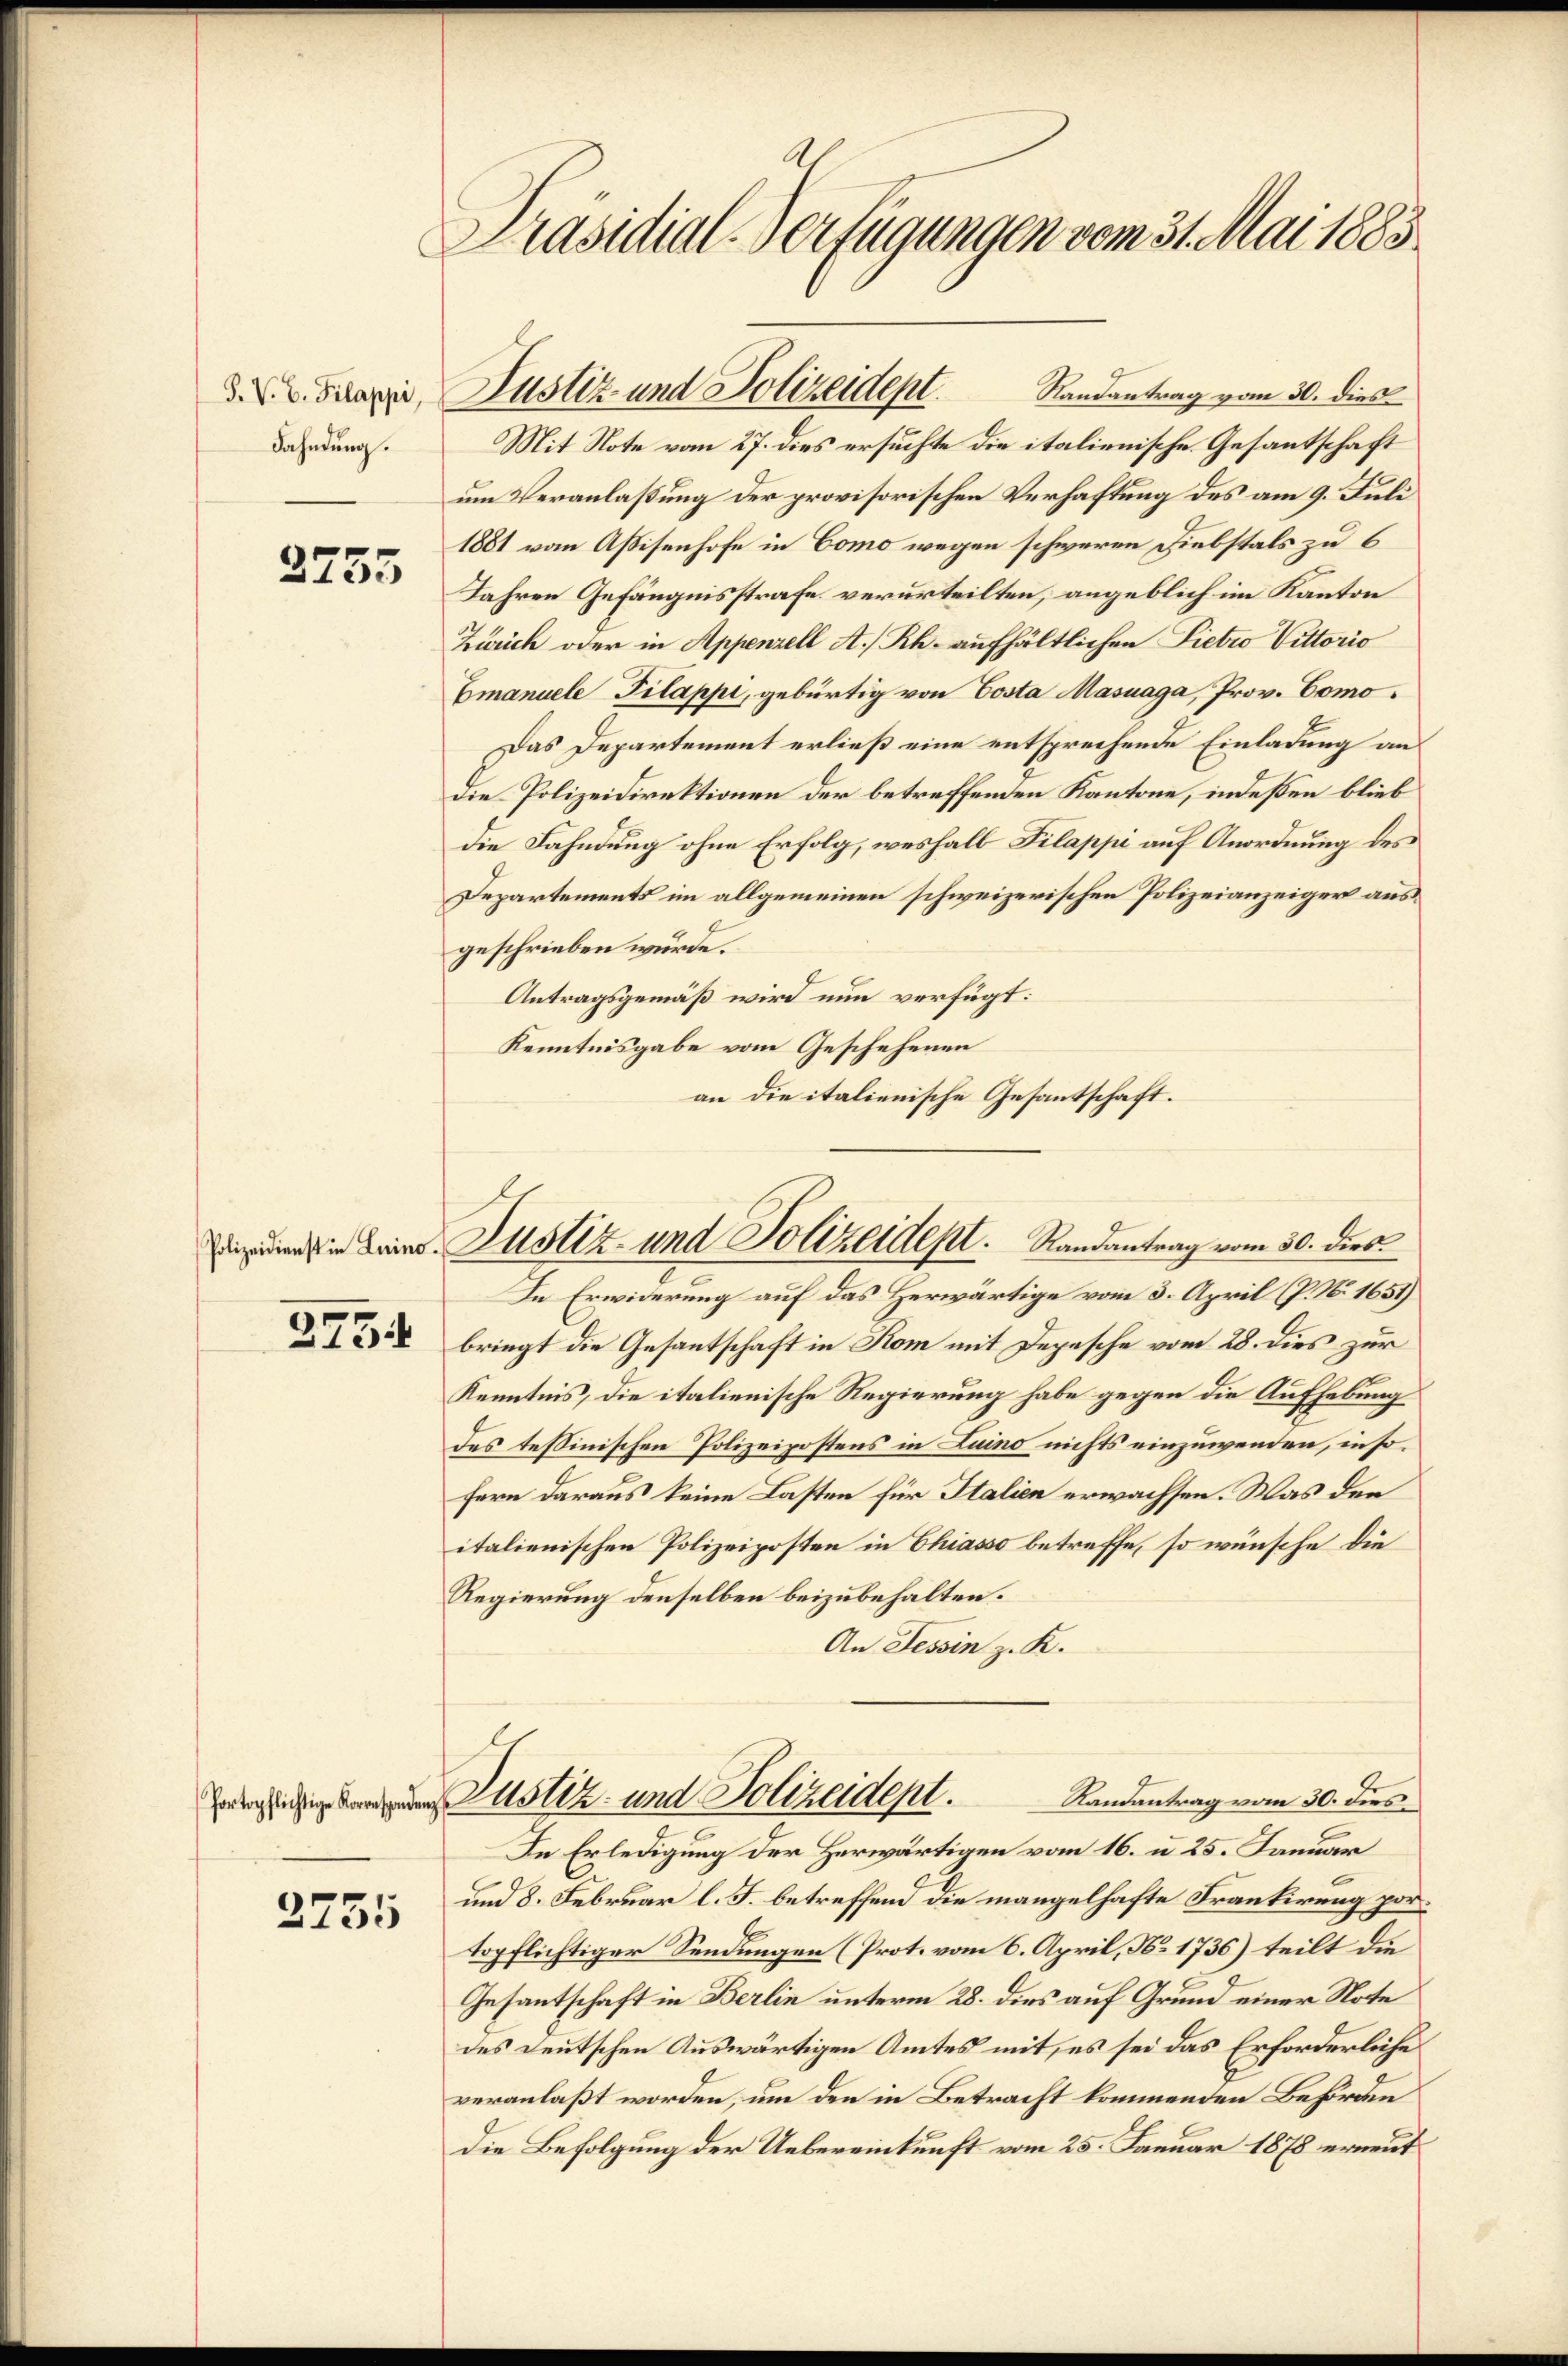
Fahndung.

2755

2755

Präsidial-Verfügungen vom 31. Mai 1883

Mit Note vom 27. dies ersuchte die italienische Gesantschaft
um Veranlaßung der provisorischen Verhaftung des am 9. Juli
1881 vom Aßisenhofe in Como wegen schweren Diebstals zu 6
Jahren Gefängnisstrafe verurteilten, angeblich im Kanton
Zürich oder in Appenzell A/Rh. aufhältlichen Sietro Vittorio
Emanuele Tilappi, gebürtig von Costa Masuaga, Prov. Como¬
Das Departement erließ eine entsprechende Einladung an
Die Polizeidirektionen der betreffenden Kantone, indeßen blieb
die Fahndung ohne Erfolg, weshalb Pilappi auf Anordnung des
Departements im allgemeinen schweizerischen Polizeianzeiger ausgeschrieben wurde.
Antragsgemäß wird nun verfügt:
Kenntnisgabe vom Geschehenen
an die italienische Gesantschaft.

Saxer, Justiz und Polizeidept. Randantrag vom 30. dies

i in Zustiz- und Polizeident. Randantrag vom 30. dies

In Erwiderung auf das Herwärtige vom 3. April (P. No. 1651)
 bringt die Gesantschaft in Kom mit Depesche vom 28. dies zur
Kenntnis, die italienische Regierung habe gegen die Aufhebung
des tessinischen Polizeipostens in Luino nichts einzuwenden, insofern daraus keine Lasten für Italien erwachsen. Was den
italienischen Polizeiposten in Chiasso betreffe, so wünsche die
Regierung denselben beizubehalten.
An Tessin z. K.
Randantrag vom 30. dies
wingegebene Mustiz- und Polizeident.
In Erledigung der Herwärtigen vom 16. u. 25. Januar
und 8. Februar l. J. betreffend die mangelhafte Frankirung portopflichtiger Sendungen (Prot. vom 6. April, No. 1736) teilt die
Gesantschaft in Berlin unterm 28. dies auf Grund einer Note
des Deutschen Auswärtigen Amtes mit, es sei das Erforderliche
veranlaßt worden, um den in Betracht kommenden Behörden
Die Befolgung der Uebereinkunft vom 25. Januar 1878 erneut